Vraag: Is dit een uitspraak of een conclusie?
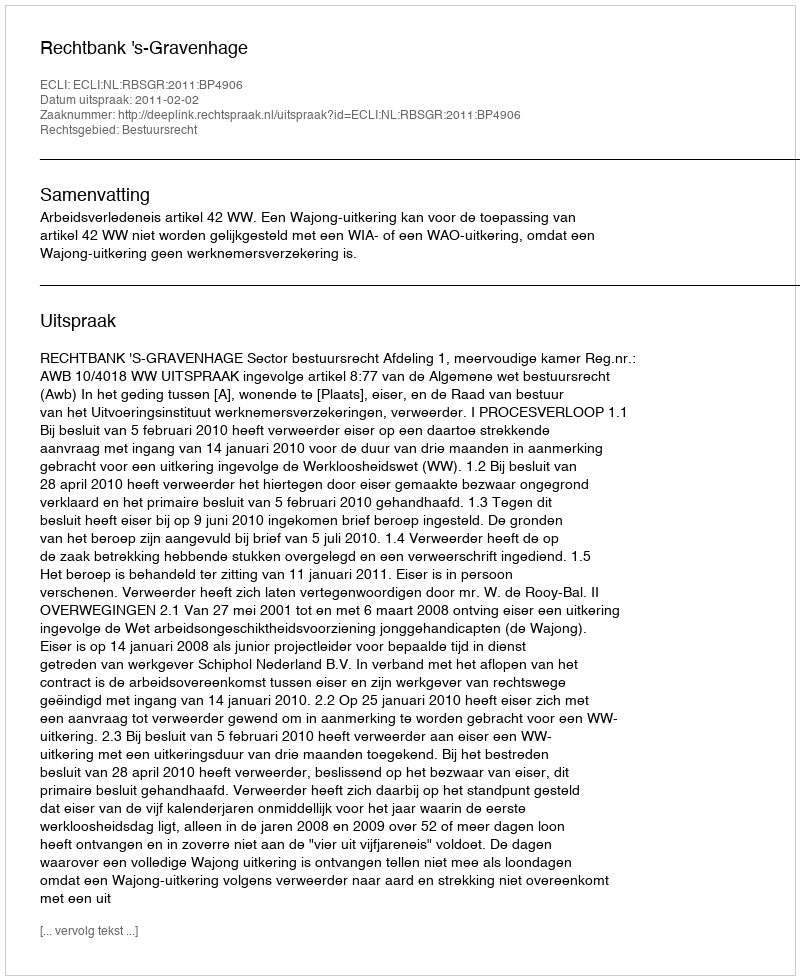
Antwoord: Uitspraak